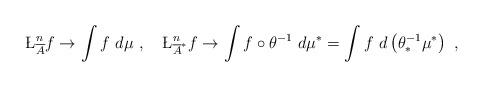
LaTeX: \begin{align*}\L^n_{\overline{A}} f \to \int f \ d\mu \ , \ \ \ \L^n_{\overline{A}^*} f \to \int f \circ \theta^{-1} \ d\mu^* = \int f \ d \left( \theta^{-1}_* \mu^* \right) \ ,\end{align*}